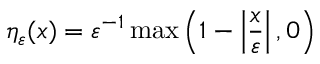
\eta _ { \varepsilon } ( x ) = \varepsilon ^ { - 1 } \operatorname* { m a x } \left( 1 - \left| { \frac { x } { \varepsilon } } \right| , 0 \right)